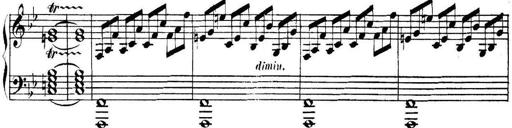
Title: Collected Piano Sonatas
Composer: Muzio Clementi